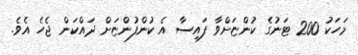
މަހަކު 200 ޓަނުގެ ކުންޏަށްވާ ފައިސާ އެ ކުންފުންޏަށް ދައްކަން ޖެހެ އެވެ.